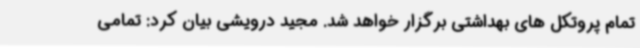
تمام پروتکل های بهداشتی برگزار خواهد شد. مجید درویشی بیان کرد: تمامی